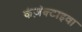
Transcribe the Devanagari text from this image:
कंज़ंक्टाइवा